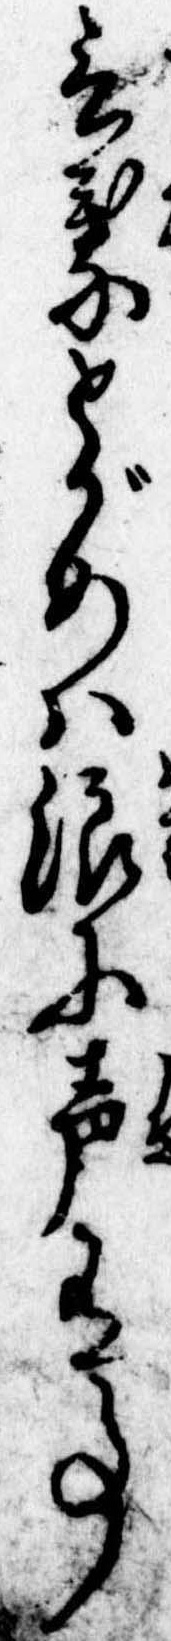
言葉とがめは浪に声有事